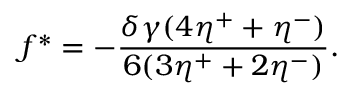
f ^ { * } = - \frac { \delta \gamma ( 4 \eta ^ { + } + \eta ^ { - } ) } { 6 ( 3 \eta ^ { + } + 2 \eta ^ { - } ) } .